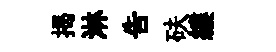
揭淋吿砆縷